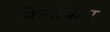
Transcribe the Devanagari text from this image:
नेलकिन